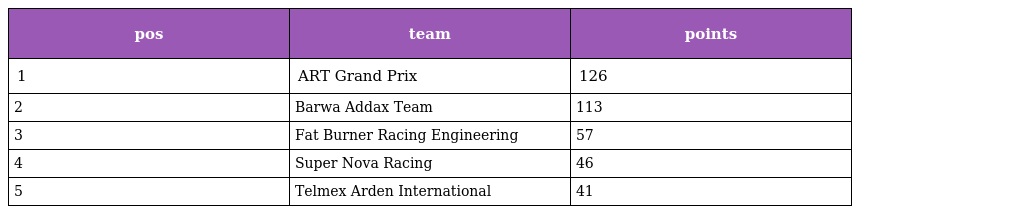
| pos | team | points |
 | --- | --- | --- |
 | 1 | ART Grand Prix | 126 |
 | 2 | Barwa Addax Team | 113 |
 | 3 | Fat Burner Racing Engineering | 57 |
 | 4 | Super Nova Racing | 46 |
 | 5 | Telmex Arden International | 41 |